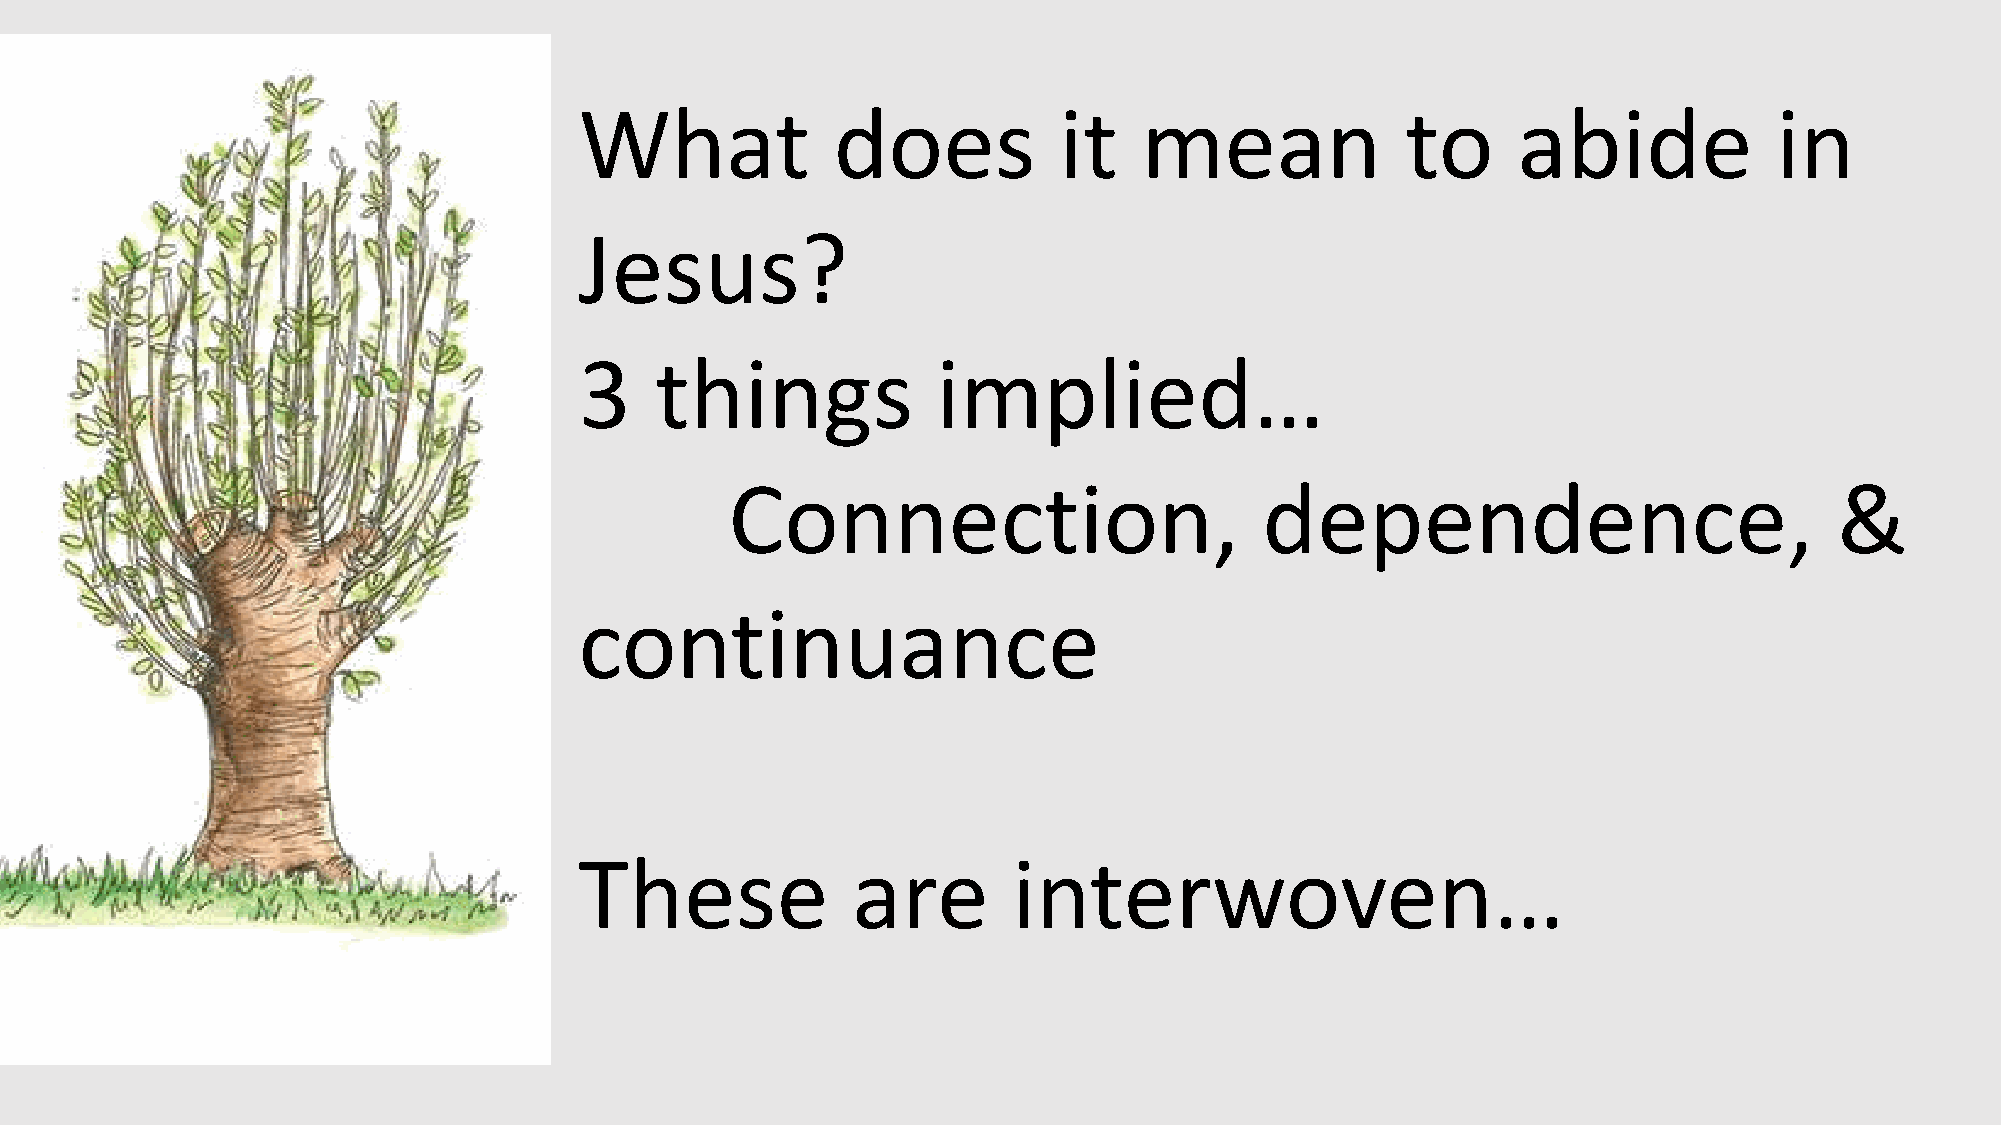
What             does           it    mean             to     abide             in
 Jesus?
 3    things             implied…
 Connection,                         dependence,                           &
 continuance
 These             are        interwoven…